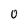
Character: 0